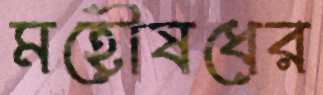
মহৌষধের